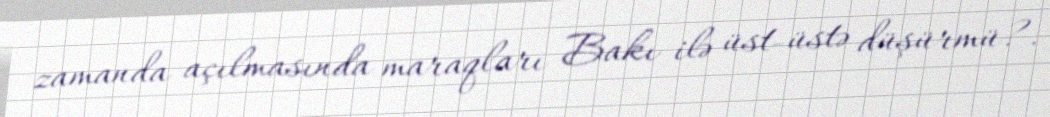
zamanda açılmasında maraqları Bakı ilə üst-üstə düşürmü?.